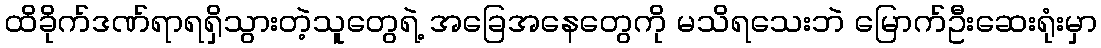
ထိခိုက်ဒဏ်ရာရရှိသွားတဲ့သူတွေရဲ့ အခြေအနေတွေကို မသိရသေးဘဲ မြောက်ဦးဆေးရုံးမှာ